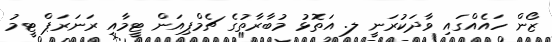
ޒޯން ހައެއްގައި ވާދަކުރަނީ ލ. އަތޮޅު މުބާރާތުގެ ޗެމްޕިއަން ޓީމާއި ރަނަރަޕް ޓީމު